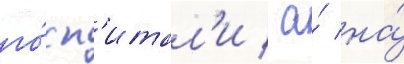
го́сп'итал'и / а́ на́